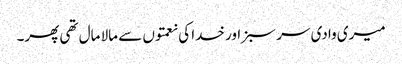
میری وادی سر سبز اور خدا کی نعمتوں سے مالا مال تھی پھر۔